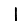
Digit: 1